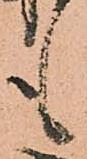
も